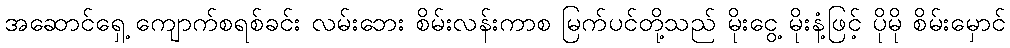
အဆောင်ရှေ့ ကျောက်စရစ်ခင်း လမ်းဘေး စိမ်းလန်းကာစ မြက်ပင်တို့သည် မိုးငွေ့ မိုးနံ့ဖြင့် ပိုမို စိမ်းမှောင်